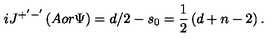
i J ^ { + ^ { \prime } - ^ { \prime } } \left( A o r \Psi \right) = d / 2 - s _ { 0 } = \frac 1 2 \left( d + n - 2 \right) .